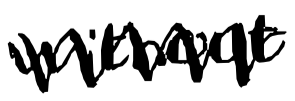
Text: without
Cross-out: zig-zag
Writing tool: digital_black